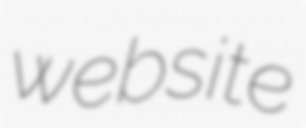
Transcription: website